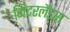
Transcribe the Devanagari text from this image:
निदरलैंड्स